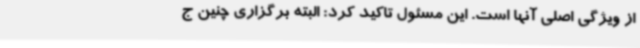
از ویژگی اصلی آنها است. این مسئول تاکید کرد: البته برگزاری چنین ج